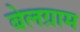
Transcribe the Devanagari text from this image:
बेलग्राम